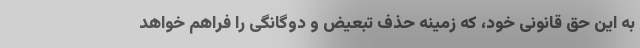
به این حق قانونی خود، که زمینه حذف تبعیض و دوگانگی را فراهم خواهد